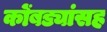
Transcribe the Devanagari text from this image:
कोंबड्यांसह